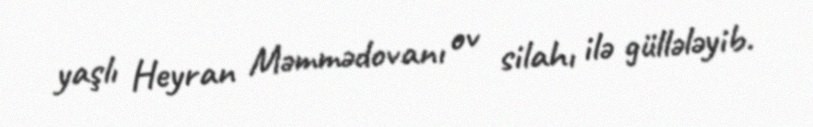
yaşlı Heyran Məmmədovanı ov silahı ilə güllələyib.